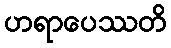
ဟရာပေဿတိ